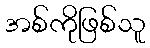
အစ်ကိုဖြစ်သူ